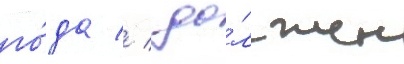
го́да //  до́лжен